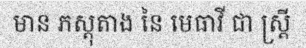
មាន ភស្តុតាង នៃ មេធាវី ជា ស្ត្រី